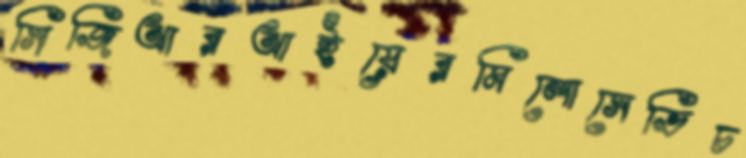
সিজিআরআইয়েরমিলোসেভিচ